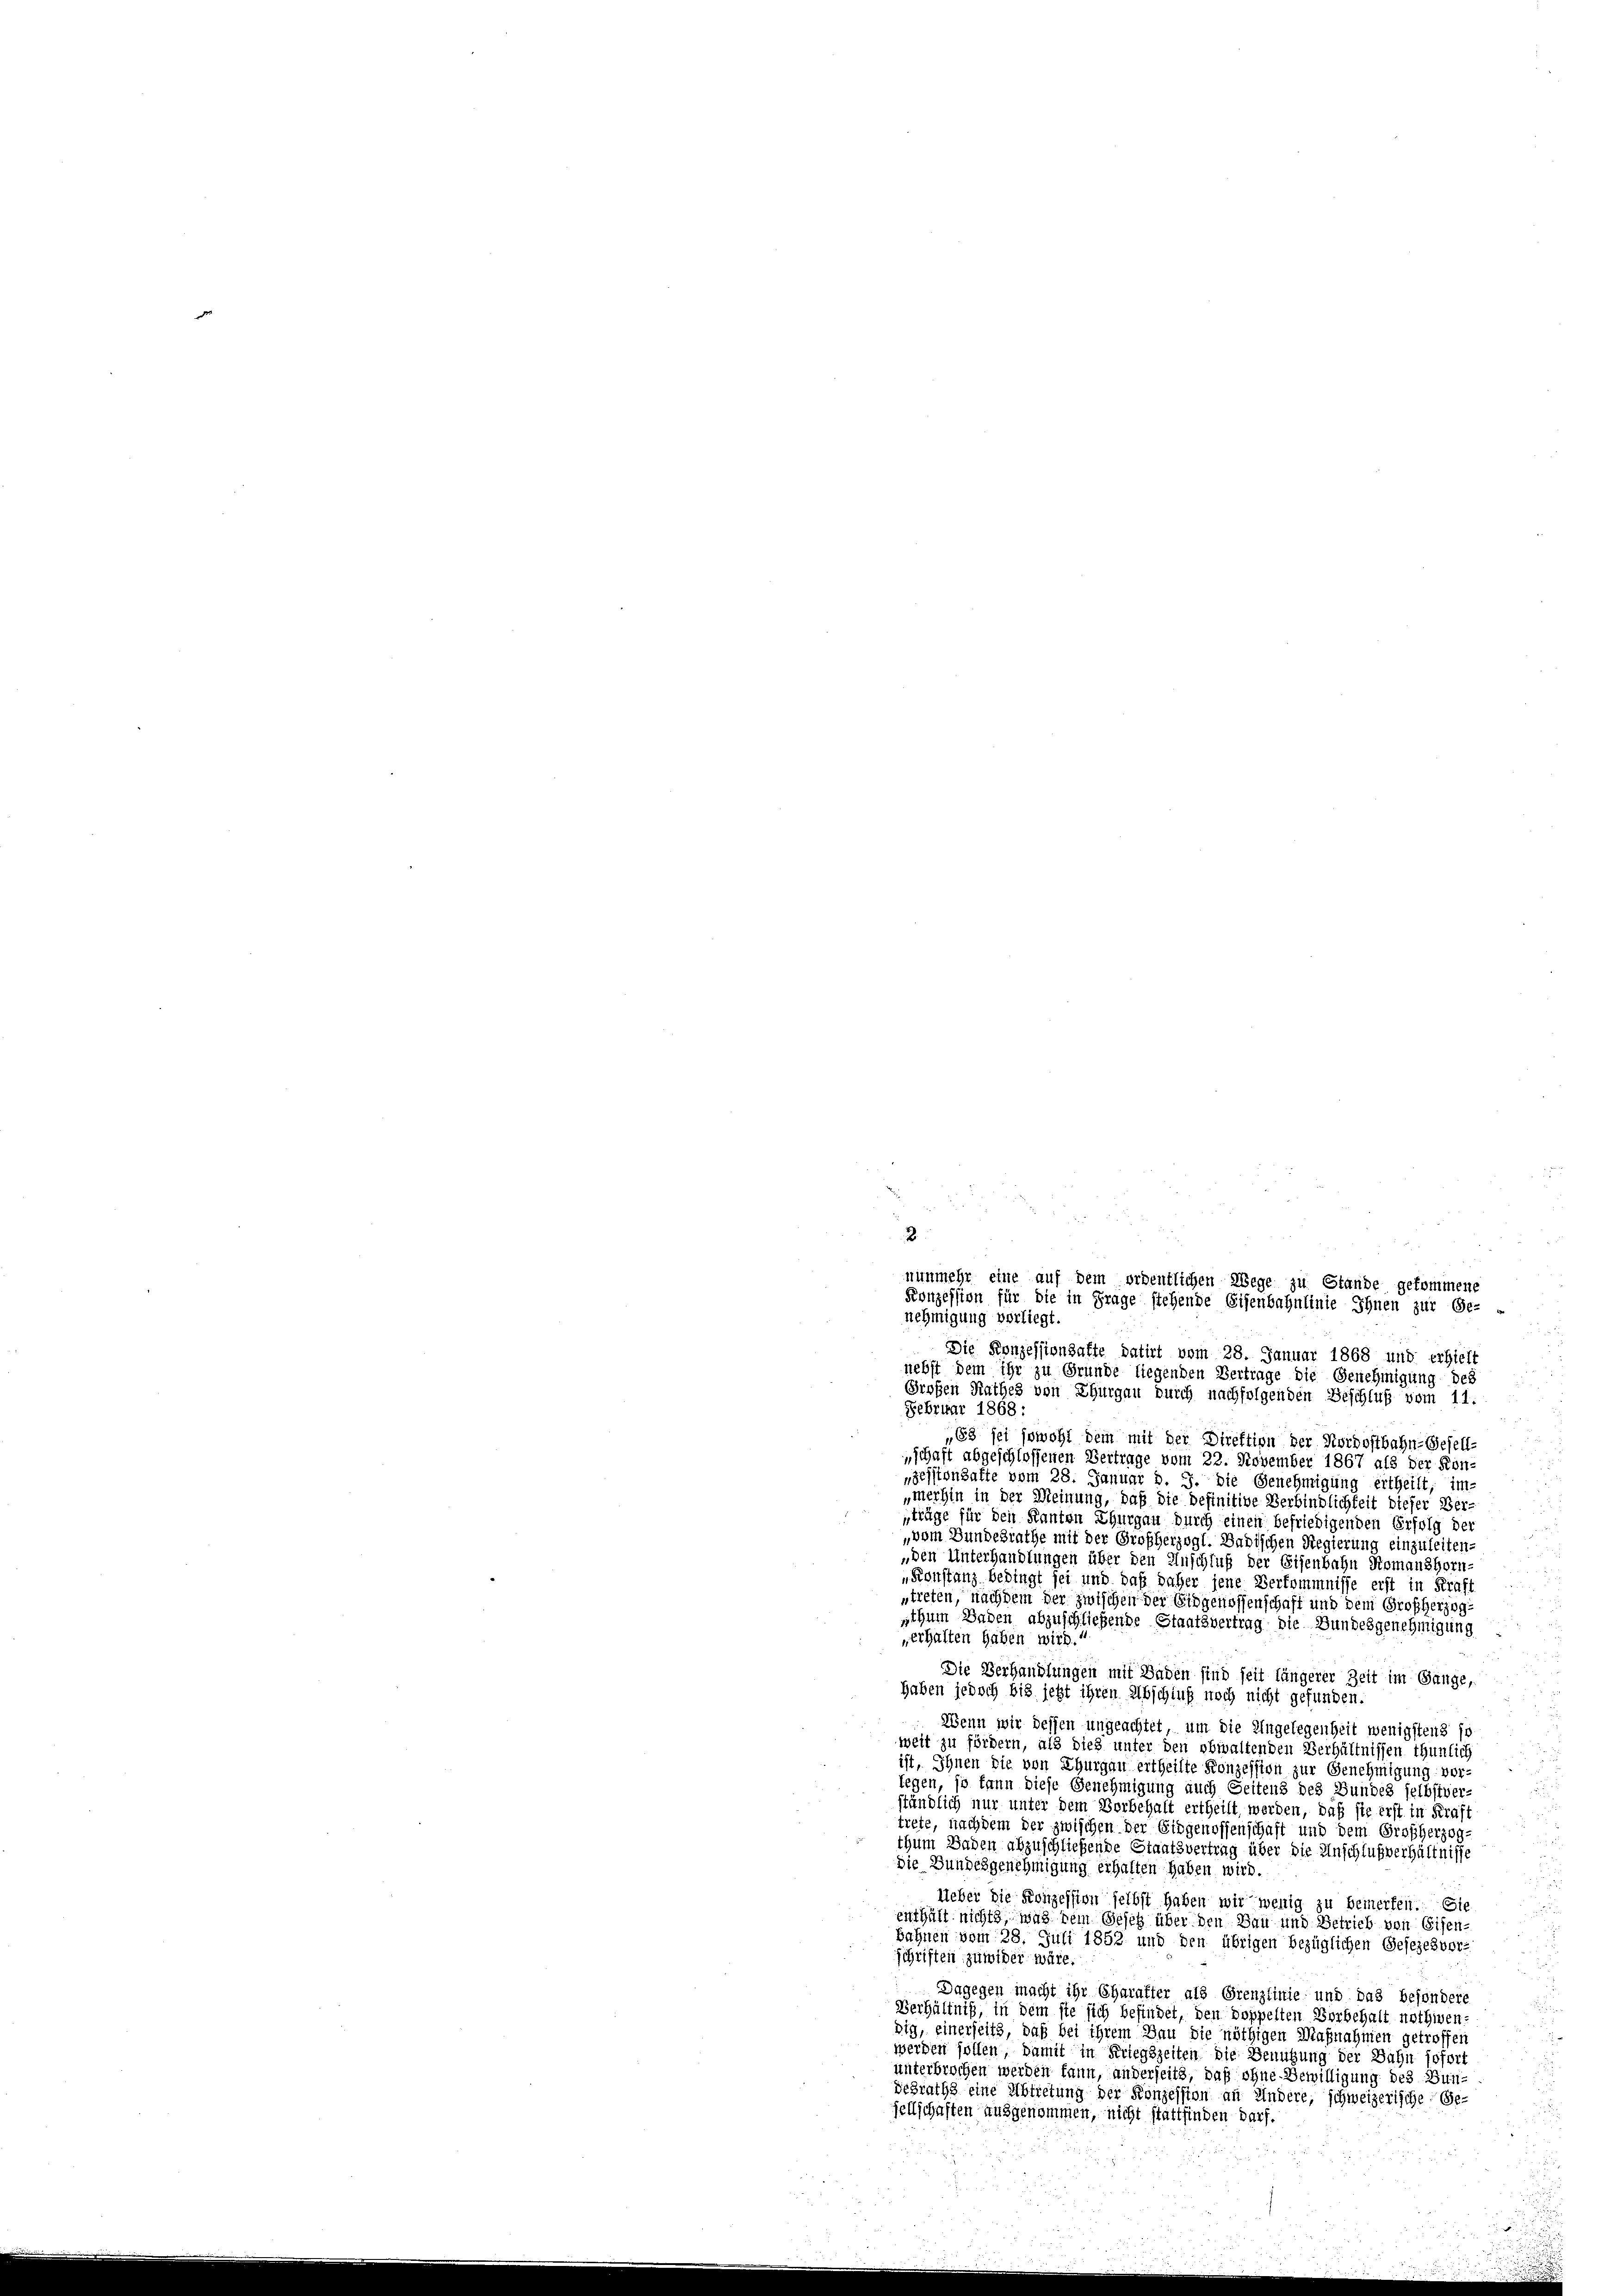
Die Konzessionsafte datirt vom 28. Januar 1868 und erhielt
nebst dem ihr zu Grunde liegenden Vertrage die Genehmigung des
Großen Rathes von Thurgau durch nachfolgenden Beschluß vom 11.
Februar 1868 :
u
„63 sei sowohl dem mit der Direktion der Nordostbahn-Gesell-
5
schaft abgeschlossenen Vertrage vom 22. November 1867 als der Kon-
.
„Zessionsatte vom 28. Januar d. J. die Genehmigung ertheilt, im-
merhin in der Meinung, daß die Definitive Verbindlichkeit dieser Ber-
träge für den Kanton Thurgau durch einen befriedigenden Erfolg der
vom Bundesrathe mit der Großherzogl. Badischen Regierung einzuleiten-
„den Unterhandlungen über den Anschluß der Eisenbahn Romanshorn
„Konstanz bedingt sei und daß daher jene Verkommnisse erst in Kraft
ntreten, nachdem der zwischen der Eidgenossenschaft und dem Großherzogsthum Baden abzuschließende Staatsvertrag die Bundesgenehmigung
„erhalten haben wird.“
Die Verhandlungen mit Baden sind seit längerer Zeit im Gange,
haben jedoch bis jetzt ihren Abschluß noch nicht gefunden.
Wenn wir dessen ungeachtet, um die Engelegenheit wenigstens so
weit zu fördern, als dies unter den obwaltenden Verhältnissen thunlich
ist, Ihnen die von Thurgau ertheilte Konzession zur Genehmigung vor-
legen, so kann diese Genehmigung auch Seitens des Bundes selbstver-
ständlich nur unter dem Vorbehalt ertheilt werden, daß sie erst in Kraft
trete, nachdem der zwischen der Eidgenossenschaft und dem Großherzogthum Baden abzuschließende Staatsvertrag über die Anschlußverhältnisse
die Bundesgenehmigung erhalten haben wird.
Ueber die Konzession selbst haben wir wenig zu bemerken. Sie
enthält nichts, was kein Gesetz über den Bau und Betrieb von Eisen-
u
Bahnen vom 28. Juli 1852 und den übrigen bezüglichen Gesezesvor-
schriften zuwider wäre.
Dagegen macht ihr Charakter als Grenzlinie und das besondere
Verhältniß, in dem sie sich befindet, den doppelten Vorbehalt nothwendig, einerseits, daß bei ihrem Dan die nöthigen Maßnahmen getroffen
werden sollen, damit in Kriegszeiten die Benutzung der Bahn sofort
unterbrochen werden kann, anderseits, daß ohne Bewilligung des Bun¬
Schraths eine Abtretung der Konzession an Andere, schweizerische Ge-
jellschaften ausgenommen, nicht stattfinden darf.

2
nunmehr eine auf dem ordentlichen Wege zu Stande gekommen,
Konzession für die in Frage stehende Eisenbahnlinie Ihnen zur Ge-
nehmigung vorliegt.